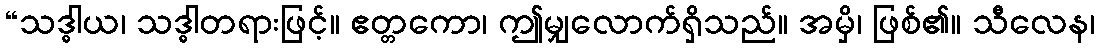
“သဒ္ဓါယ၊ သဒ္ဓါတရားဖြင့်။ ဧတ္တကော၊ ဤမျှလောက်ရှိသည်။ အမှိ၊ ဖြစ်၏။ သီလေန၊